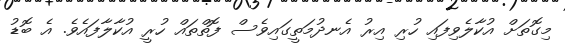
މިގޮތަށް އުކާލެވިފައި ހުރި އިރު އެނދުމަތީގައިވެސް ފޮތްތައް ހުރީ އުކާލާފައެވެ. އެ ބޮޑު